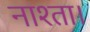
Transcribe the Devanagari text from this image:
नाश्ता।